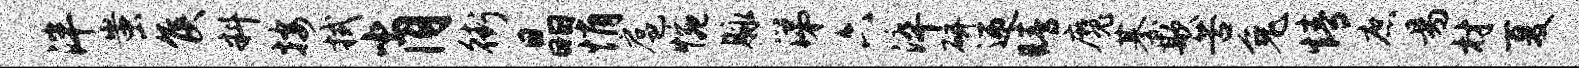
泮蚩侯料按拭肖街晶悄扈惋脉涕六淬研迎睛魔綦欺苦兔情庶易材夏